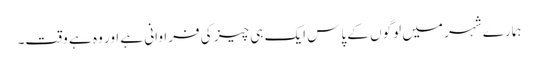
ہمارے شہر میں لوگوں کے پاس ایک ہی چیز کی فراوانی ہے اور وہ ہے وقت۔